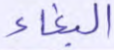
البغاء